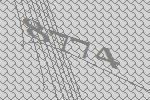
8774